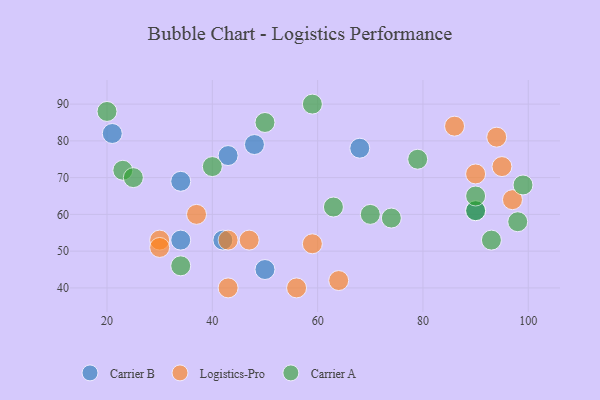
{"axis": {"x": "GDP", "y": "Life Expectancy"}, "legend": ["Carrier A", "Carrier B", "Logistics-Pro"], "data": [{"x": "50", "y": 45, "type": "Carrier B"}, {"x": "34", "y": 69, "type": "Carrier B"}, {"x": "43", "y": 76, "type": "Carrier B"}, {"x": "48", "y": 79, "type": "Carrier B"}, {"x": "21", "y": 82, "type": "Carrier B"}, {"x": "90", "y": 61, "type": "Carrier B"}, {"x": "42", "y": 53, "type": "Carrier B"}, {"x": "68", "y": 78, "type": "Carrier B"}, {"x": "34", "y": 53, "type": "Carrier B"}, {"x": "56", "y": 40, "type": "Logistics-Pro"}, {"x": "97", "y": 64, "type": "Logistics-Pro"}, {"x": "37", "y": 60, "type": "Logistics-Pro"}, {"x": "90", "y": 71, "type": "Logistics-Pro"}, {"x": "47", "y": 53, "type": "Logistics-Pro"}, {"x": "30", "y": 53, "type": "Logistics-Pro"}, {"x": "64", "y": 42, "type": "Logistics-Pro"}, {"x": "86", "y": 84, "type": "Logistics-Pro"}, {"x": "94", "y": 81, "type": "Logistics-Pro"}, {"x": "30", "y": 51, "type": "Logistics-Pro"}, {"x": "59", "y": 52, "type": "Logistics-Pro"}, {"x": "43", "y": 53, "type": "Logistics-Pro"}, {"x": "95", "y": 73, "type": "Logistics-Pro"}, {"x": "43", "y": 40, "type": "Logistics-Pro"}, {"x": "79", "y": 75, "type": "Carrier A"}, {"x": "20", "y": 88, "type": "Carrier A"}, {"x": "50", "y": 85, "type": "Carrier A"}, {"x": "90", "y": 61, "type": "Carrier A"}, {"x": "59", "y": 90, "type": "Carrier A"}, {"x": "74", "y": 59, "type": "Carrier A"}, {"x": "23", "y": 72, "type": "Carrier A"}, {"x": "70", "y": 60, "type": "Carrier A"}, {"x": "98", "y": 58, "type": "Carrier A"}, {"x": "90", "y": 65, "type": "Carrier A"}, {"x": "34", "y": 46, "type": "Carrier A"}, {"x": "40", "y": 73, "type": "Carrier A"}, {"x": "99", "y": 68, "type": "Carrier A"}, {"x": "63", "y": 62, "type": "Carrier A"}, {"x": "25", "y": 70, "type": "Carrier A"}, {"x": "93", "y": 53, "type": "Carrier A"}]}